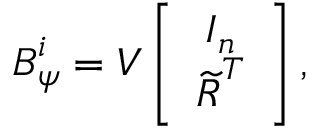
{ \boldsymbol { { B } } _ { \psi } ^ { i } } = \boldsymbol { V } \left[ \begin{array} { c } { \boldsymbol { I } _ { n } } \\ { \boldsymbol { \widetilde { R } } ^ { T } } \end{array} \right] ,